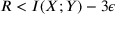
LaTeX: R < I ( X ; Y ) - 3 \epsilon